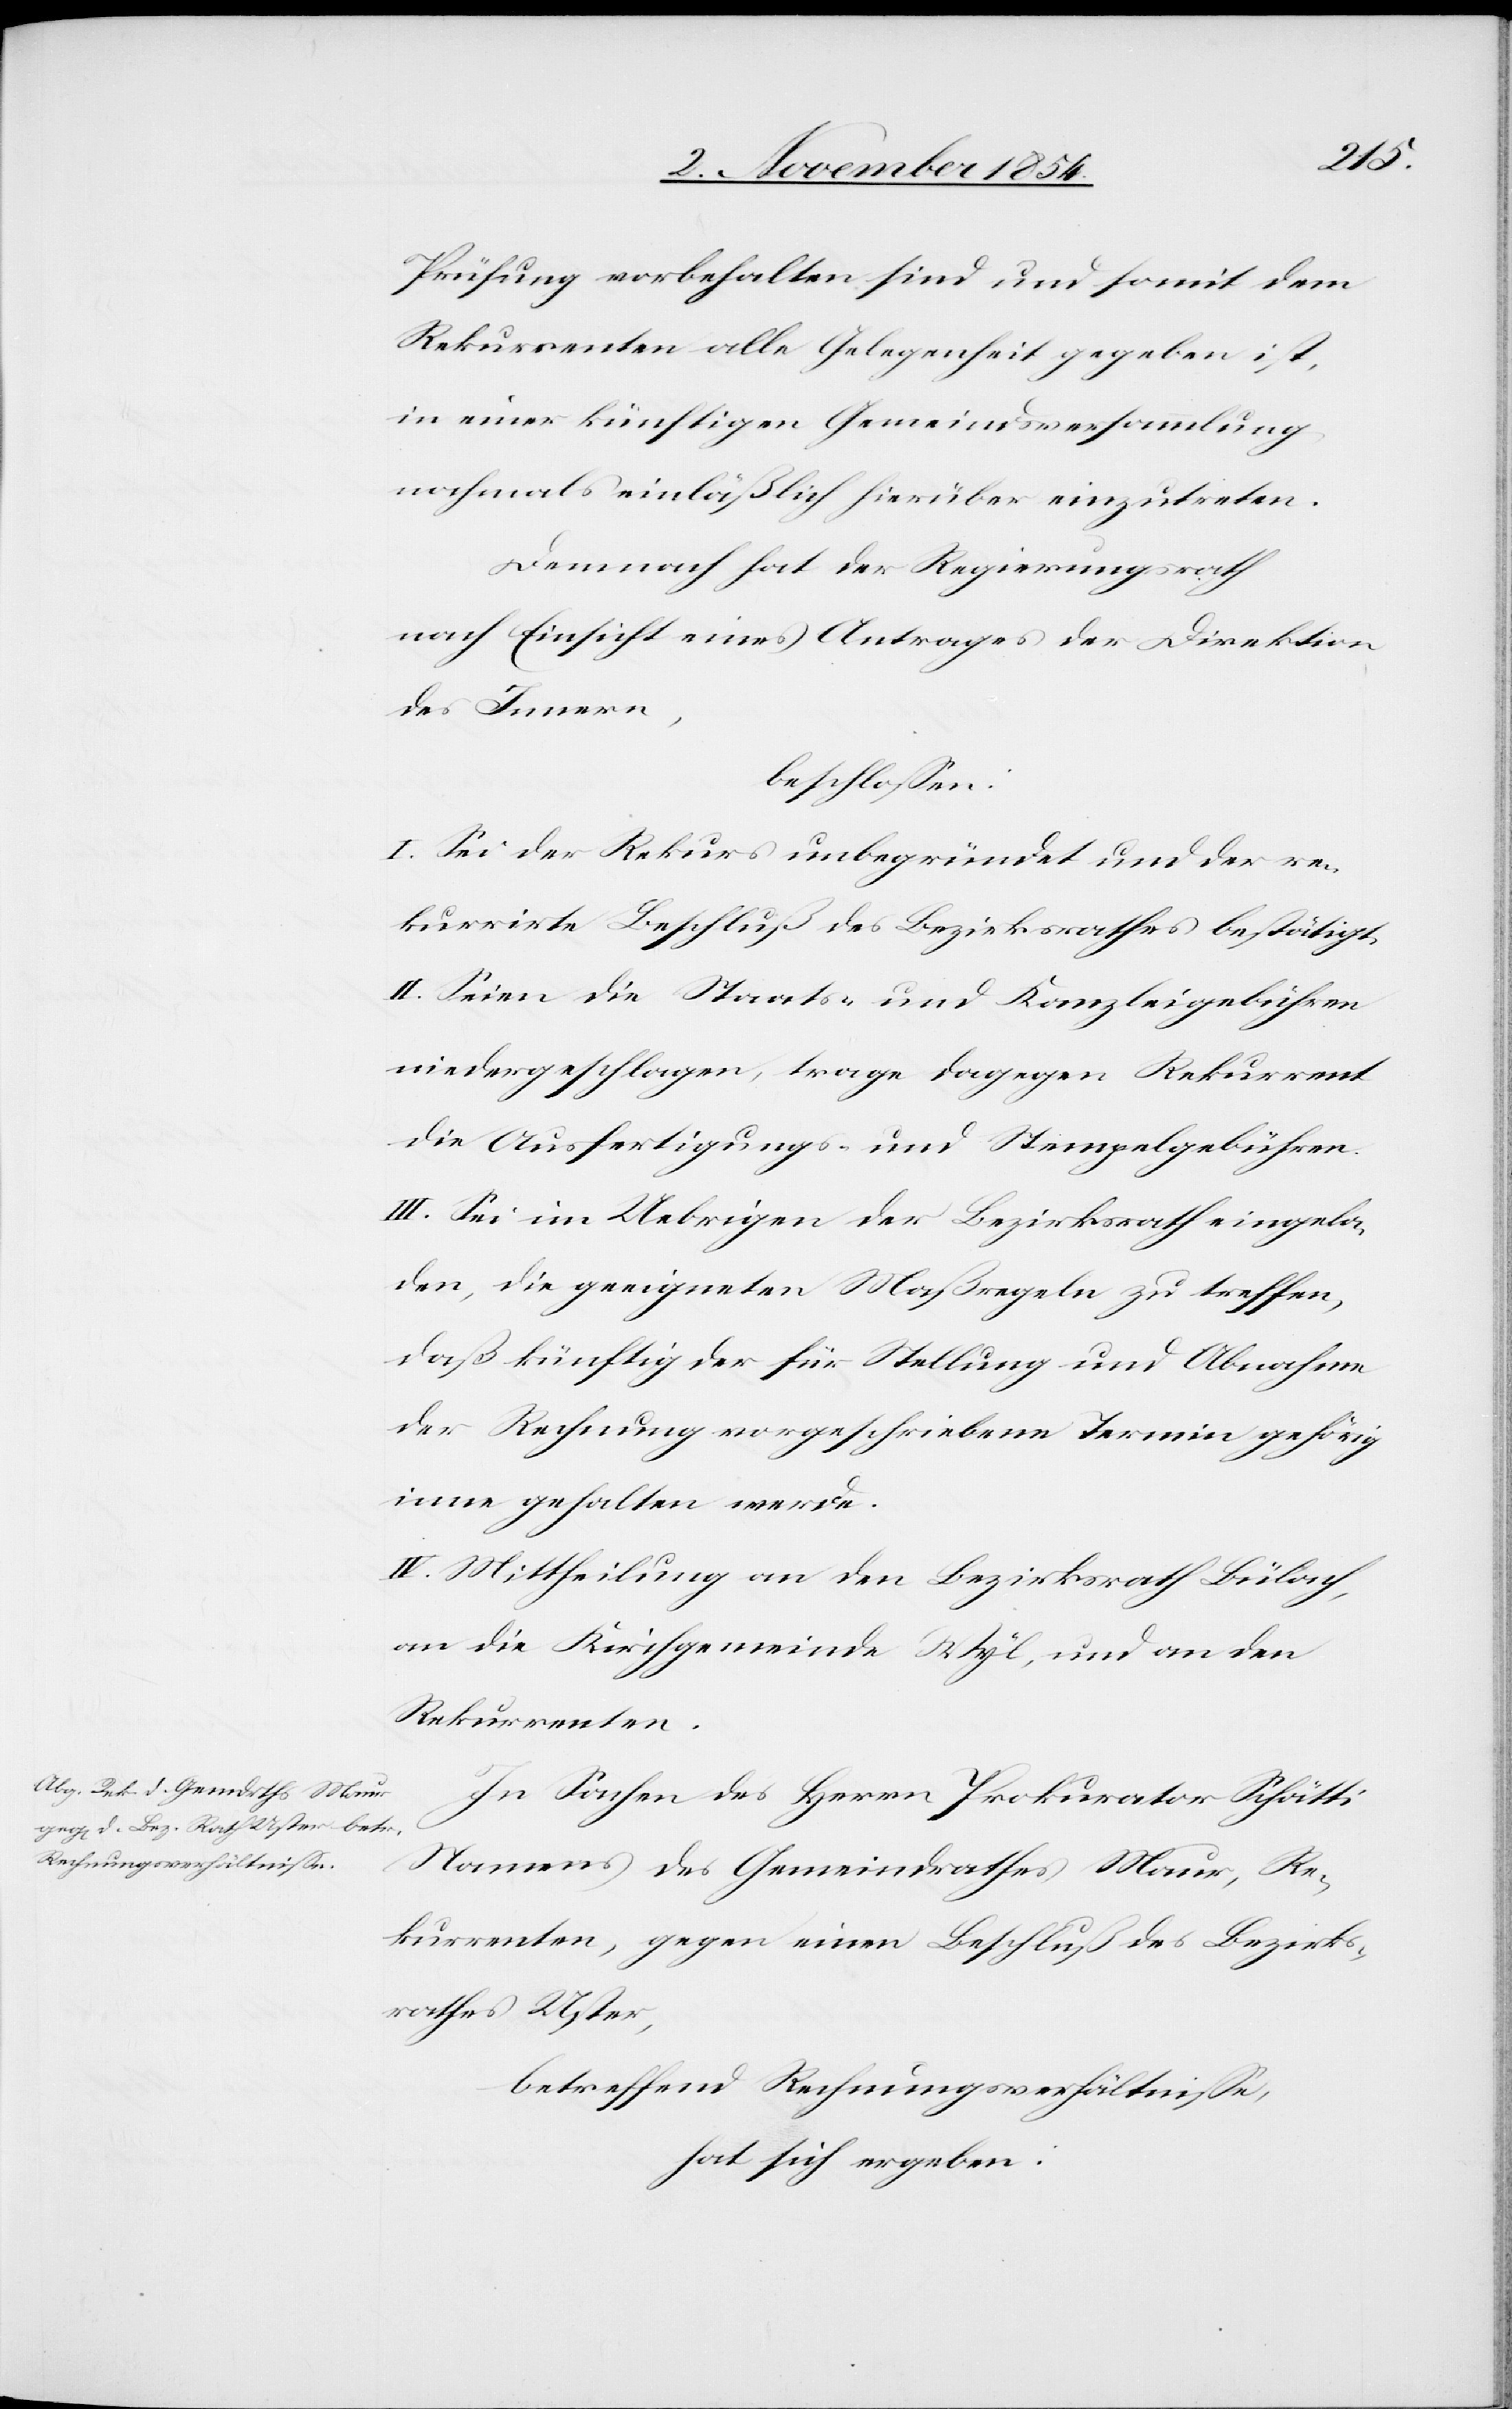
Prüfung vorbehalten sind und somit dem
Rekurrenten alle Gelegenheit gegeben ist,
in einer künftigen Gemeindsversammlung
nochmals einläßlich hierüber einzutreten.
Demnach hat der Regierungsrath
nach Einsicht eines Antrages der Direktion
des Innern,
beschloßen:
I. Sei der Rekurs unbegründet und der re¬
kurrirte Beschluß des Bezirksrathes bestätigt.
II. Seien die Staats- und Kanzleigebühren
niedergeschlagen, trage dagegen Rekurrent
die Ausfertigungs- und Stempelgebühren.
III. Sei im Uebrigen der Bezirksrath eingela¬
den, die geeigneten Maßregeln zu treffen,
daß künftig der für Stellung und Abnahme
der Rechnung vorgeschriebene Termin gehörig
inne gehalten werde.
IV. Mittheilung an den Bezirksrath Bülach,
an die Kirchgemeinde Wyl, und an den
Rekurrenten.
In Sachen des Herrn Prokurator Schätti
Namens des Gemeindrathes Maur, Re¬
kurrenten, gegen einen Beschluß des Bezirks¬
rathes Uster,
betreffend Rechnungsverhältniße,
hat sich ergeben: